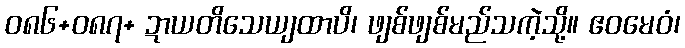
ဝ၈၆+၀၈၇+ ဍာယတိသေယျထာပိ၊ ဖျစ်ဖျစ်မည်သကဲ့သို့။ ဧဝမေဝံ၊